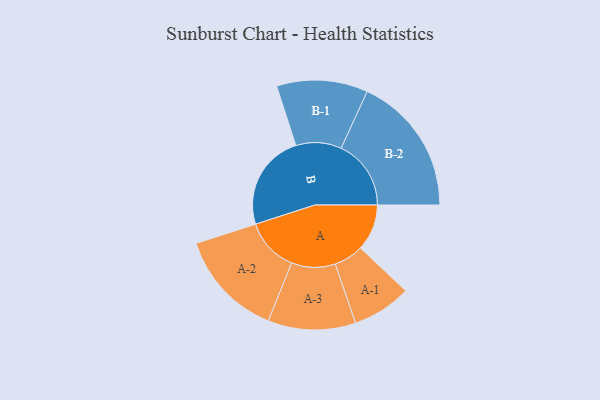
{"axis": {"x": "Segment", "y": "Value"}, "legend": ["", "A", "B"], "data": [{"x": "A", "y": 160, "type": ""}, {"x": "B", "y": 332, "type": ""}, {"x": "A-1", "y": 102, "type": "A"}, {"x": "A-2", "y": 185, "type": "A"}, {"x": "A-3", "y": 151, "type": "A"}, {"x": "B-1", "y": 157, "type": "B"}, {"x": "B-2", "y": 241, "type": "B"}]}